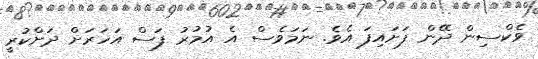
ވެކްސިން ދޭން ފަށައިފަ އެވެ. ނަމަވެސް އެ އުމުރު ފަސް އަހަރަށް ދަށްކުރީ